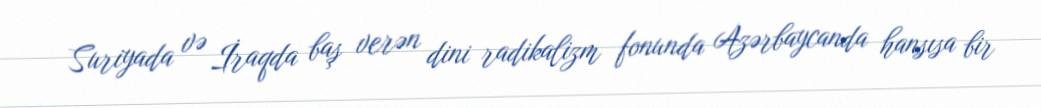
Suriyada və İraqda baş verən dini radikalizm fonunda Azərbaycanda hansısa bir